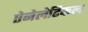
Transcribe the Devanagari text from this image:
ऐनेलेटिकल